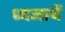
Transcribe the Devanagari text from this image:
ध्वजायें